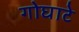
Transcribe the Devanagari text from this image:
गोघाटे